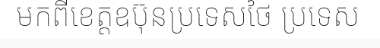
មកពីខេត្តឧប៊ុនប្រទេសថៃ ប្រទេស